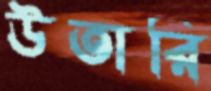
উতারি